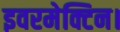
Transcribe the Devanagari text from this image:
इवरमेक्टिन।